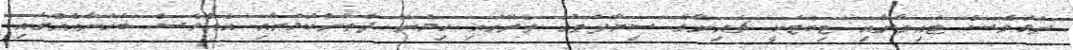
ނަމަވެސް ޓައިވާނާއި ޓިބެޓަކީ ޗައިނާގެ ސިޔާދަތުގެ ތެރޭގައި ހިމެނޭ ދެތަންކަމަށާއި އެއްވެސް ބަހަނާއެއްގައި